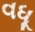
વધૂ